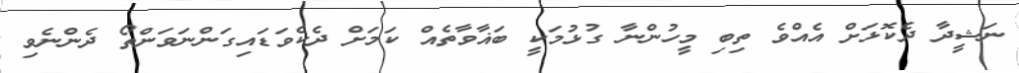
ނަޝީދާ ދެކޮޅަށް އެއްވެ ތިބި މީހުންނާ ގުޅުމަކީ ބަޣާވާތެއް ކަމަށް ދެކެވަޑައިގަންނަވަންތޯ ދެންނެވި